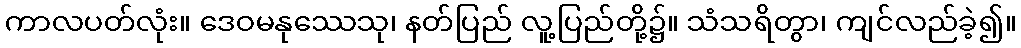
ကာလပတ်လုံး။ ဒေဝမနုဿေသု၊ နတ်ပြည် လူ့ပြည်တို့၌။ သံသရိတွာ၊ ကျင်လည်ခဲ့၍။